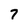
Character: 7